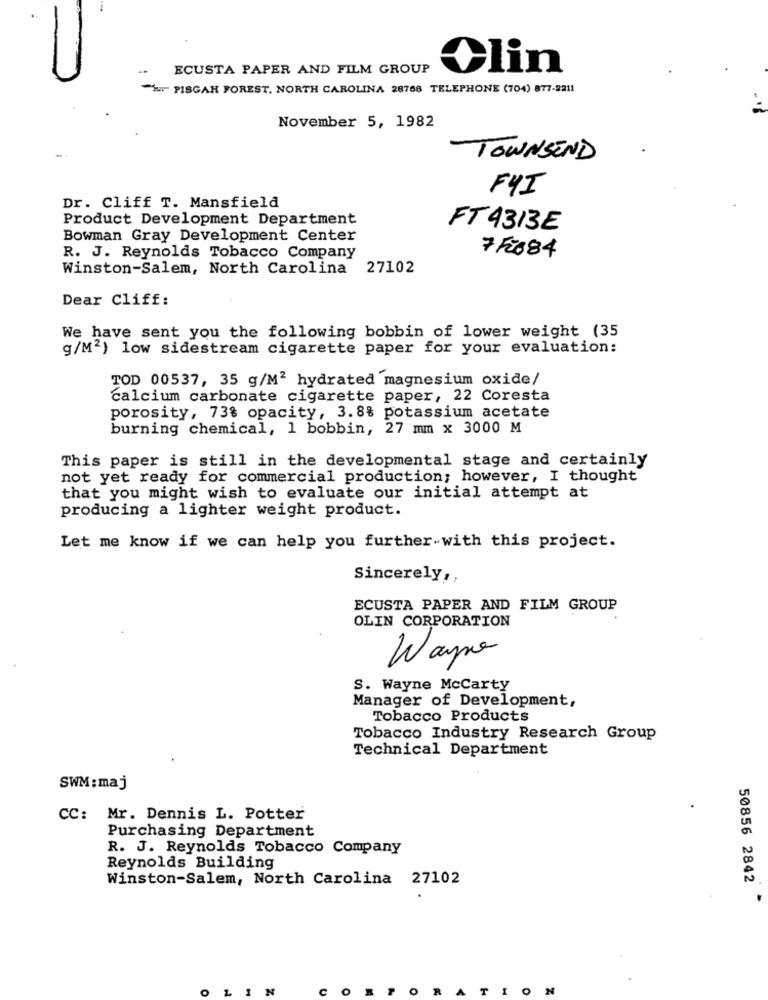
ECUSTA PAPER AND FILM GROUP
Olin
""" PISGAH FOREST, NORTH CAROLINA 28768 TELEPHONE (704) 877-2211
November 5, 1982
TOWNSEND
FYI
Dr. Cliff T. Mansfield
Product Development Department
FT4313E
Bowman Gray Development Center
7F684
R. J. Reynolds Tobacco Company
Winston-Salem, North Carolina
27102
Dear Cliff:
We have sent you the following bobbin of lower weight (35
g/M2) low sidestream cigarette paper for your evaluation:
TOD 00537, 35 g/M2 hydrated magnesium oxide/
calcium carbonate cigarette paper, 22 Coresta
porosity, 73% opacity, 3.8% potassium acetate
burning chemical, 1 bobbin, 27 mm x 3000 M
This paper is still in the developmental stage and certainly
not yet ready for commercial production; however, I thought
that you might wish to evaluate our initial attempt at
producing a lighter weight product.
Let me know if we can help you further-with this project.
Sincerely ,,
ECUSTA PAPER AND FILM GROUP
OLIN CORPORATION
Wapo
S. Wayne McCarty
Manager of Development,
Tobacco Products
Tobacco Industry Research Group
Technical Department
SWM : maj
CC: Mr. Dennis L. Potter
Purchasing Department
R. J. Reynolds Tobacco Company
Reynolds Building
Winston-Salem, North Carolina 27102
50856 2842
O
N
C
0
AT
N